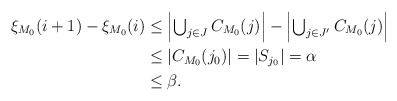
\begin{align*}\xi_{M_0}(i+1)-\xi_{M_0}(i)&\leq\left|\textstyle\bigcup_{j\in J}C_{M_0}(j)\right|-\left|\textstyle\bigcup_{j\in J'}C_{M_0}(j)\right|\\&\leq|C_{M_0}(j_0)|=|S_{j_0}|=\alpha\\&\leq\beta.\end{align*}